Report of the Bombay Plague Committee
Disease focus: Plague
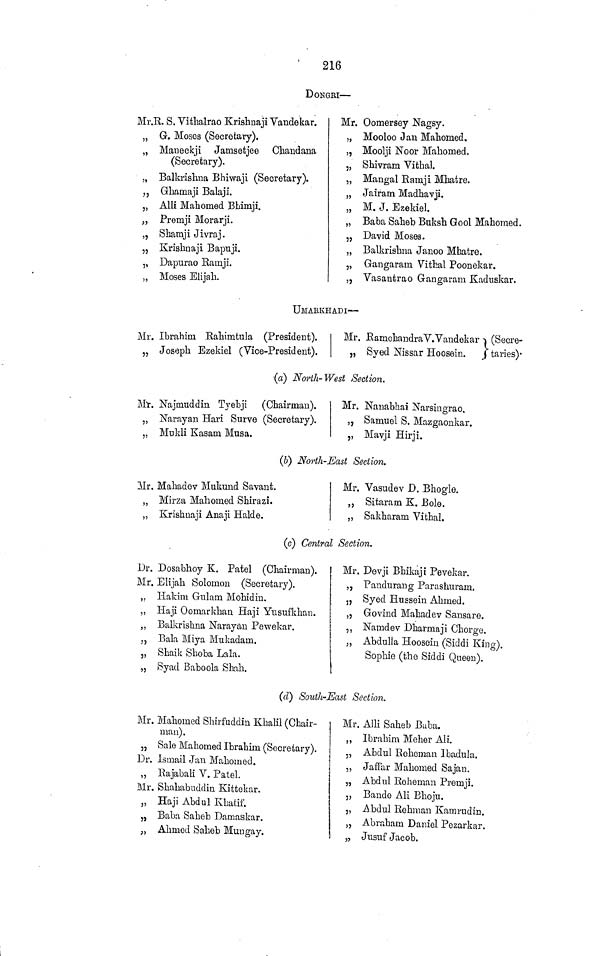
216
DONGRI —
Mr.R. S. Vithalrao Krishnaji Vandekar.
„ G. Moses (Secretary).
„ Maueckji Jamsetjee Chandana
(Secretary).
„ Balkrishna Bhiwaji (Secretary).
,, Ghamaji Balaji.
„ Alii Mahomed Bbimji.
„ Premji Morarji.
„ Shamji Jivraj.
„ Krishnaji Bapuji.
,, Dapurao Rarnji.
„ Moses Elijah.
Mr. Oomersey Nagsy.
„ Mooloo Jan Mahomed,
,, Moolji Noor Mahomed.
„ Shivram Vithal.
„ Mangal Ramji Mhatre.
„ Jairam Madhavji.
„ M. J. Ezekiel.
„ Baba Saheb Buksh Gool Mahomed.
„ David Moses.
„ Balkrishna Janoo Mhatre.
„ Gangaram. Vithal Poonekar.
„ Vasantrao Gangaram Kaduskar.
UMAKKHADI —
Mr. Ibrahim Eahimtula (President).
, 7 Joseph Ezekiel (Vice-President).
Mr. HamchandraV. Vandekar -j (Secre-
„ Syed Nissar Hoosein.
J taries)-
(a) North- West Section.
Mir. Najnraddin Tyehji (Chairman).
„ Narayan Hari Surve (Secretary).
„ Mukli Kasam Musa,
Mr. Nauabhai Narsingrao.
„ Samuel S. Mazgaonkar.
,, Mavji Hirji.
(6) North-East Section.
Mr. Mahadev Mukund Savant.
„ Mirza Mahomed Shirazi.
„ Krishnaji Anaji Halde.
Mr. Vasudev D. Bhogle.
„ Sitaram K. Bole.
„ Sakharam Vithal.
(c) Central Section.
Dr. Dosabhoy K. Patel (Chairman).
Mr. Elijah Solomon (Secretary).
„ Hakim Giilam Mohidiu.
„ Haji Ooinarkhan Haji Yusufkhan.
„ Balkrishna Karayan Pewekar.
., Bala Miya Mukadam.
,, Shaik Shoba Lala.
„ Syacl Baboola Shah.
Mr. Devji BMkaji Pevekar.
„ Pandurang Parashuram.
„ Syed Hussein Ahmed.
,, Govind Mahadev Sansare.
,, Namdev Dharmaji Chorge.
„ Abdulla Hoosein (Siddi King),
Sophie (the Siddi Queen).
(d) South-East Section.
Mr. Mahomed Shirfuddin Khalil (Chair-
man).
„ Sale Mahomed Ibrahim (Secretary).
Dr. Ismail Jan Mahomed.
„ Bajabali V. Patel.
Mr. Shahabuddin Kittekar.
„ Haji Abdul Khatif.
„ Baba, Saheb Damaskar.
„ Ahmed Saheb Mungay.
Mr. Alii Saheb Baba.
,, Ibrahim Meher Ali.
„ Abdul Reheman Ibadula.
/ *
,, Jaff'ar Mahomed Safan.
' '
J
„ Abdul Roheman Premii.
'*
J
„ Bande Ali Bhoju.
i *
j
„ Abdul Rehman Kamrudin.
„ Abraham Daniel Pezarkar.
„ Jusuf Jacob.